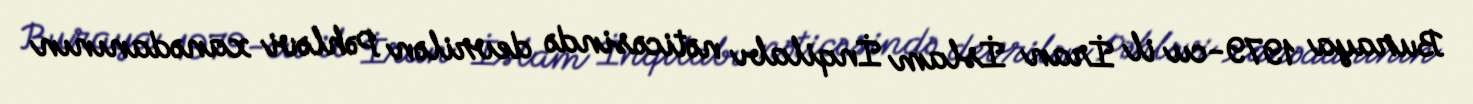
Buraya 1979-cu il İran İslam İnqilabı nəticəsində devrilən Pəhləvi xanədanının